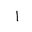
Letter: _alif